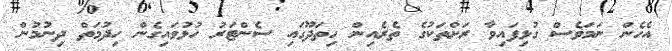
އެހެން ނަމަވެސް ގުޅިފައިވާ ރަށްތަކުގެ ތެރެއިން ހިތަދޫގައި ސެންޓަރު ހުޅުވައިގެން ހިދުމަތް ދިނުމުން